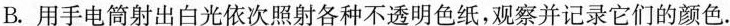
B.用手电筒射出白光依次照射各种不透明色纸，观察并记录它们的颜色.